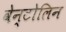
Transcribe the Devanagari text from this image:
वेन्टोलिन